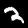
Digit: 2